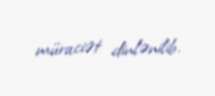
müraciət dinlənilib.